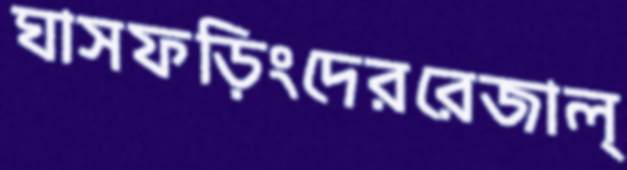
ঘাসফড়িংদেররেজাল্